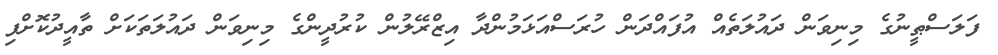
ފަލަސްޠީނުގެ މިނިވަން ދައުލަތެއް އުފައްދަން ހުރަސްއަޅަމުންދާ އިޒްރޭލުން ކުރުދީންގެ މިނިވަން ދައުލަތަކަށް ތާއީދުކޮށްފި